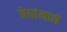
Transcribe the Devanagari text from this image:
पेठांमध्ये